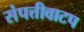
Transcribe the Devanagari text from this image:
संपत्तीवाटप